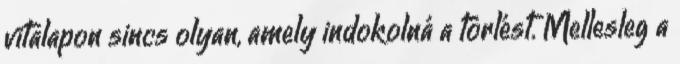
vitalapon sincs olyan, amely indokolná a törlést. Mellesleg a